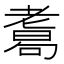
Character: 𦓂